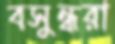
বসুন্ধরা